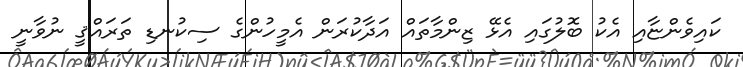
ކައިވެންޏާއި އެކު ބޮލުގައި އެޅޭ ޒިންމާތައް އަދާކުރަން އެމީހުންގެ ސިކުނޑި ތަރައްޤީ ނުވާނީ